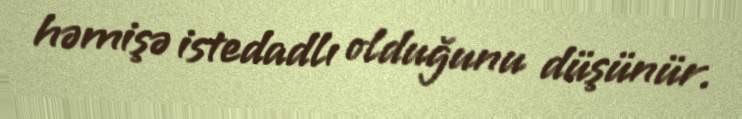
həmişə istedadlı olduğunu düşünür.